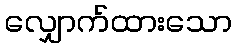
လျှောက်ထားသော